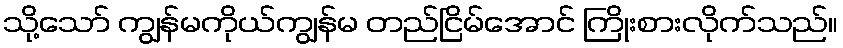
သို့သော် ကျွန်မကိုယ်ကျွန်မ တည်ငြိမ်အောင် ကြိုးစားလိုက်သည်။